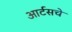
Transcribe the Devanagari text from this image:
आर्टसचे